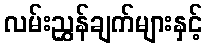
လမ်းညွှန်ချက်များနှင့်